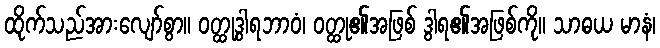
ထိုက်သည်အားလျော်စွာ။ ဝတ္ထုဒွါရဘာဝံ၊ ဝတ္ထု၏အဖြစ် ဒွါရ၏အဖြစ်ကို။ သာဓယ မာနံ၊